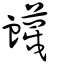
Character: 衊